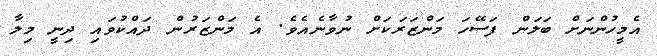
އެމީހުންނަށް ބަލަން ފަސޭހަ މަންޒަރަކަށް ނުވާނެއެވެ. އެ މަންޒަރުން ދައްކުވައި ދިނީ މިލާ